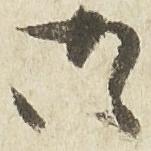
御